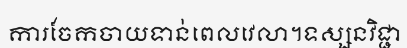
ការចែកចាយទាន់ពេលវេលា។ទស្សនវិជ្ជា